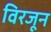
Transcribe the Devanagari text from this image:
विरजून